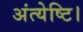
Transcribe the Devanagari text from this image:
अंत्येष्टि।